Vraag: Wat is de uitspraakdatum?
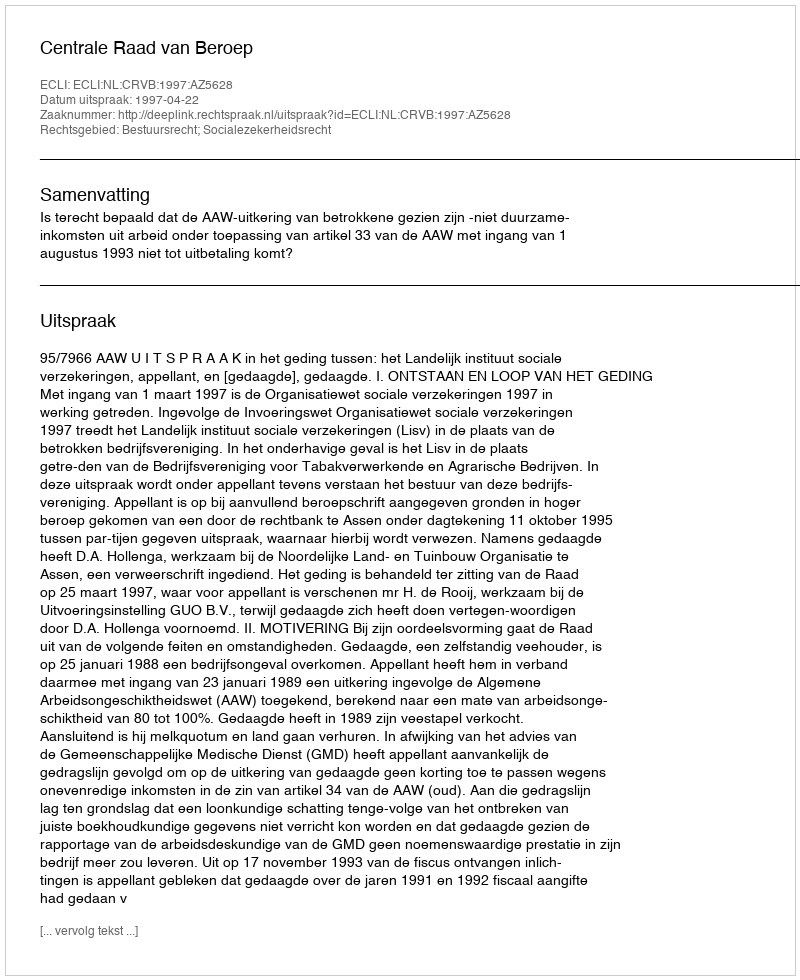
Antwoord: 1997-04-22